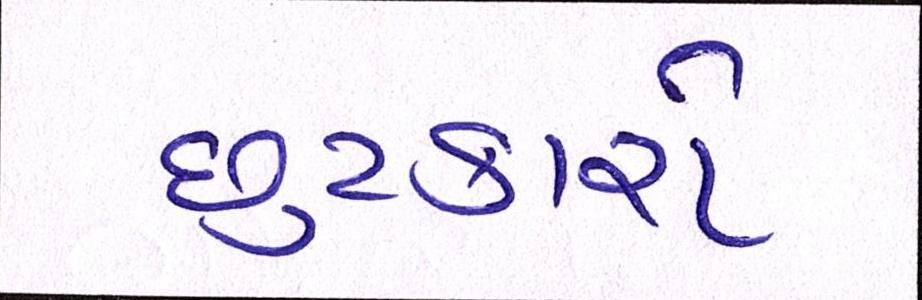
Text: છુટકારો